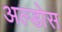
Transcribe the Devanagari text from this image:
अल्डोस